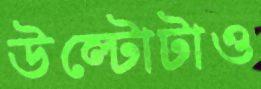
উল্টোটাও